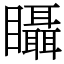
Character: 𥍉